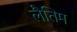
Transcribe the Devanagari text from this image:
लैतिम